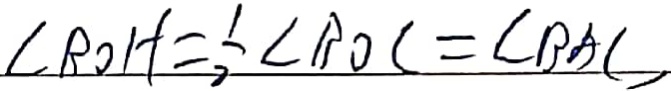
\angle B O H = \frac { 1 } { 2 } \angle B O C = \angle B A C